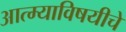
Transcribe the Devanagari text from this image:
आत्म्याविषयीचे